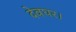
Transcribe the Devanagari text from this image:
देवघर।